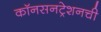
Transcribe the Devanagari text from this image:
कॉनसनट्रेशनची